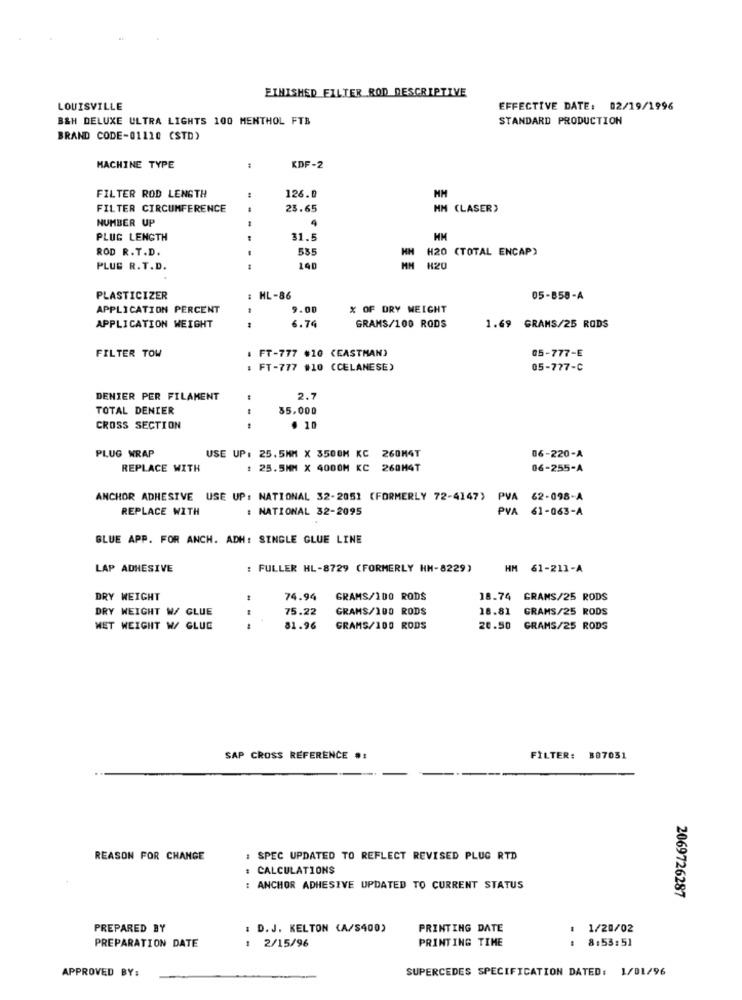
FINISHED FILTER ROD DESCRIPTIVE
LOUISVILLE
EFFECTIVE DATE: 02/19/1996
B&H DELUXE ULTRA LIGHTS 100 MENTHOL FTB
STANDARD PRODUCTION
BRAND CODE-01110 (STD)
MACHINE TYPE
KDF-2
FILTER ROD LENGTH
126.0
NM
FILTER CIRCUMFERENCE
23.65
MM (LASER)
NUMBER UP
4
PLUG LENGTH
31.5
ROD R.T.D.
535
H20 (TOTAL ENCAP)
PLUG R. T.D.
------
140
H20
PLASTICIZER
HL-86
05-858-A
APPLICATION PERCENT
.00
% OF DRY WEIGHT
6.74
APPLICATION WEIGHT
GRAMS/100 RODS
1.69 GRAMS/25 RODS
FILTER TOW
FT-777 #10 (EASTMAN)
05-777-E
: FT-777 #10 (CELANESE)
05-777-C
DENIER PER FILAMENT
2.7
TOTAL DENIER
..
35.000
CROSS SECTION
. 10
USE UP: 25.5MM X 3500M KC 260M4T
PLUG WRAP
06-220-A
REPLACE WITH
: 25.5MM X 4000M KC 260M4T
06-255-A
ANCHOR ADHESIVE USE UP: NATIONAL 32-2051 (FORMERLY 72-4147) PVA
62-098-A
REPLACE WITH
: NATIONAL 32-2095
PVA 61-063-A
GLUE APP. FOR ANCH. ADH: SINGLE GLUE LINE
LAP ADHESIVE
: FULLER HL-8729 (FORMERLY HH-8229)
HM 61-211-A
DRY WEIGHT
1
74.94
GRAMS/100 RODS
18.74 GRAMS/25 RODS
DRY WEIGHT W/ GLUE
75.22
GRAMS/100 RODS
18.81 GRAMS/25 RODS
NET WEIGHT W/ GLUE
81.96
GRAMS/100 RODS
20.50
GRAMS/25 RODS
SAP CROSS REFERENCE #:
FILTER: 307051
REASON FOR CHANGE
: SPEC UPDATED TO REFLECT REVISED PLUG RTD
: CALCULATIONS
: ANCHOR ADHESIVE UPDATED TO CURRENT STATUS
2069726287
PREPARED BY
: D. J. KELTON (A/S400)
PRINTING DATE
: 1/20/02
PRINTING TIME
: 8:53:51
PREPARATION DATE
: 2/15/96
APPROVED BY:
SUPERCEDES SPECIFICATION DATED: 1/01/96